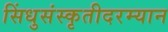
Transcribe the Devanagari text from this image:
सिंधुसंस्कृतीदरम्यान